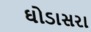
ઘોડાસરા